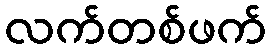
လက်တစ်ဖက်